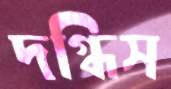
দগ্ধিস